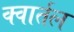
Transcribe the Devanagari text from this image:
क्वार्तल